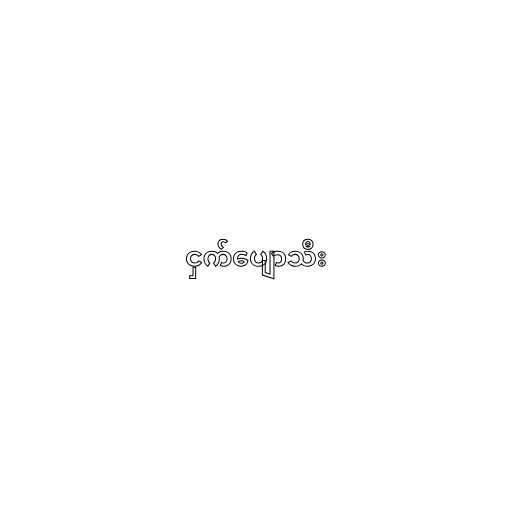
ငှက်ပျောသီး